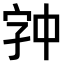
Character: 𫡉